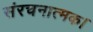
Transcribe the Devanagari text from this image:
संरचनात्मक।